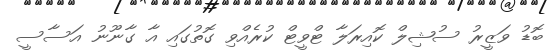
ބޮޑު ވަޒީރު ސުޝިލް ކޮއިރަލާ ޓްވީޓް ކުރެއްވި ގޮތުގައި އާ ގާނޫނު އަސާސީ